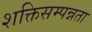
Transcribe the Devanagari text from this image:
शक्तिसम्पन्नता